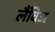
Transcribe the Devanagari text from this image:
लैंविज